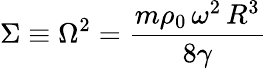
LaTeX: \Sigma\equiv\Omega^{2}=\frac{m\rho_{0}\, \omega^{2}\, R^{3}}{8\gamma}